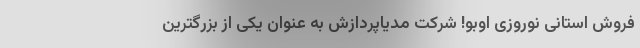
فروش استانی نوروزی اوبو! شرکت مدیاپردازش به عنوان یکی از بزرگترین